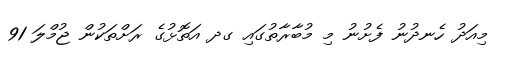
މިއަދު ހެނދުނު ފެށުނު މި މުބާރާތުގައި ގދ އަތޮޅުގެ ރަށްތަކުން ޖުމްލަ 91